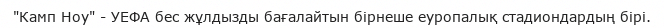
"Камп Ноу" - УЕФА бес жұлдызды бағалайтын бірнеше еуропалық стадиондардың бірі.